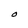
Character: O